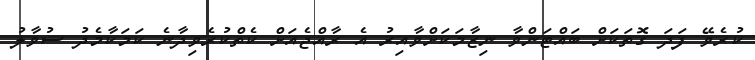
ކުރެވޭ ފަދަ ގޮތަކަށް ބައްޓަންވާ ނިޒާމަކަށްވާއިރު އެ ރާއްޖެއަށް ކެތްކުރެވިދާނެ ކަމަކާމެދު ސުވާލު